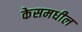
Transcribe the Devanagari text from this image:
केसमधील